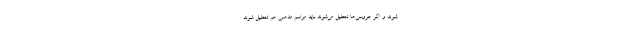
شوند و اگر عروسی‌ها تعطیل می‌شوند باید مراسم مذهبی هم تعطیل شوند.